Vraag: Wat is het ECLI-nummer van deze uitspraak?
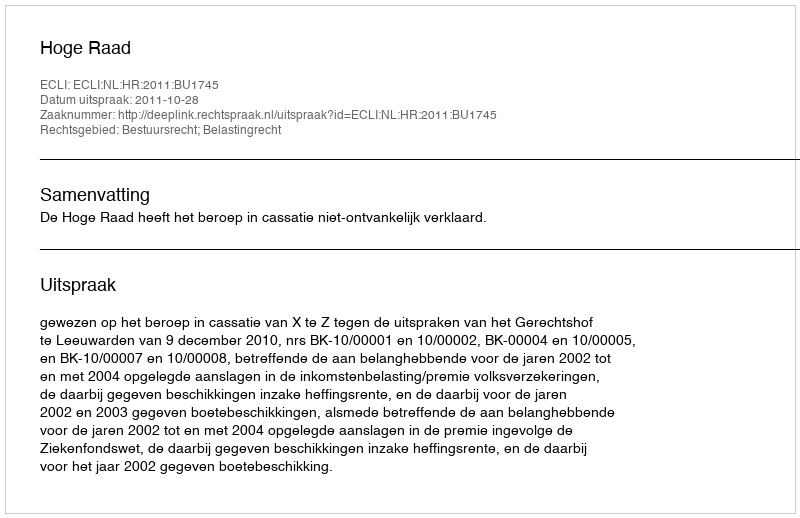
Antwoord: ECLI:NL:HR:2011:BU1745